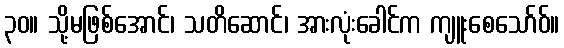
၃၀။ သို့မဖြစ်အောင်၊ သတိဆောင်၊ အားလုံးခေါင်က ကျူးစေသော်ဝ်။